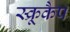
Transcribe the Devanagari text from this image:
स्क्रूकैप